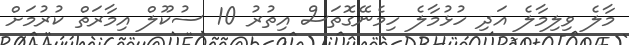
މާލެ ވިލިމާލެ އަދި ހުޅުމާލެ ހިމެނޭގޮތަސް އިތުރު 10 ސުކޫލް އިމާރަތް ކުރުމަށް